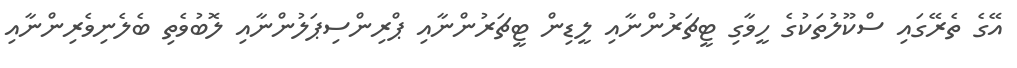
އޭގެ ތެރޭގައި ސްކޫލުތަކުގެ ހީވާގި ޓީޗަރުންނާއި ލީޑިން ޓީޗަރުންނާއި ޕްރިންސިޕަލުންނާއި ލޮބުވެތި ބެލެނިވެރިންނާއި